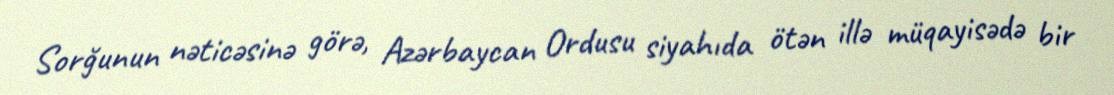
Sorğunun nəticəsinə görə, Azərbaycan Ordusu siyahıda ötən illə müqayisədə bir